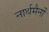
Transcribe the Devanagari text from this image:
नार्थमैनों